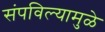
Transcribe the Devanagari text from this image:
संपविल्यामुळे